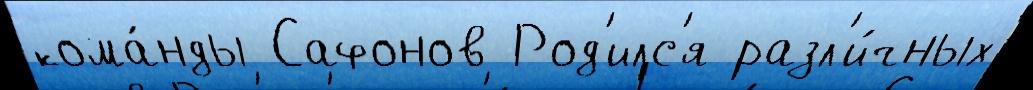
кома́нды Сафонов Род'илс'я разл'и́чных